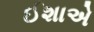
ઈશાએ